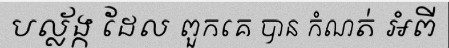
បល្ល័ង្ក ដែល ពួកគេ បាន កំណត់ អំពី